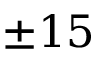
\pm 1 5